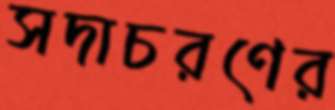
সদাচরণের